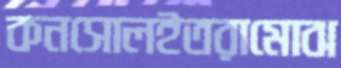
কনসোলইতরামোঝ